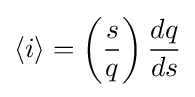
\left\langle i\right\rangle =\left({\frac {s}{q}}\right){\frac {dq}{ds}}